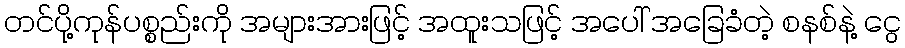
တင်ပို့ကုန်ပစ္စည်းကို အများအားဖြင့် အထူးသဖြင့် အပေါ် အခြေခံတဲ့ စနစ်နဲ့ ငွေ